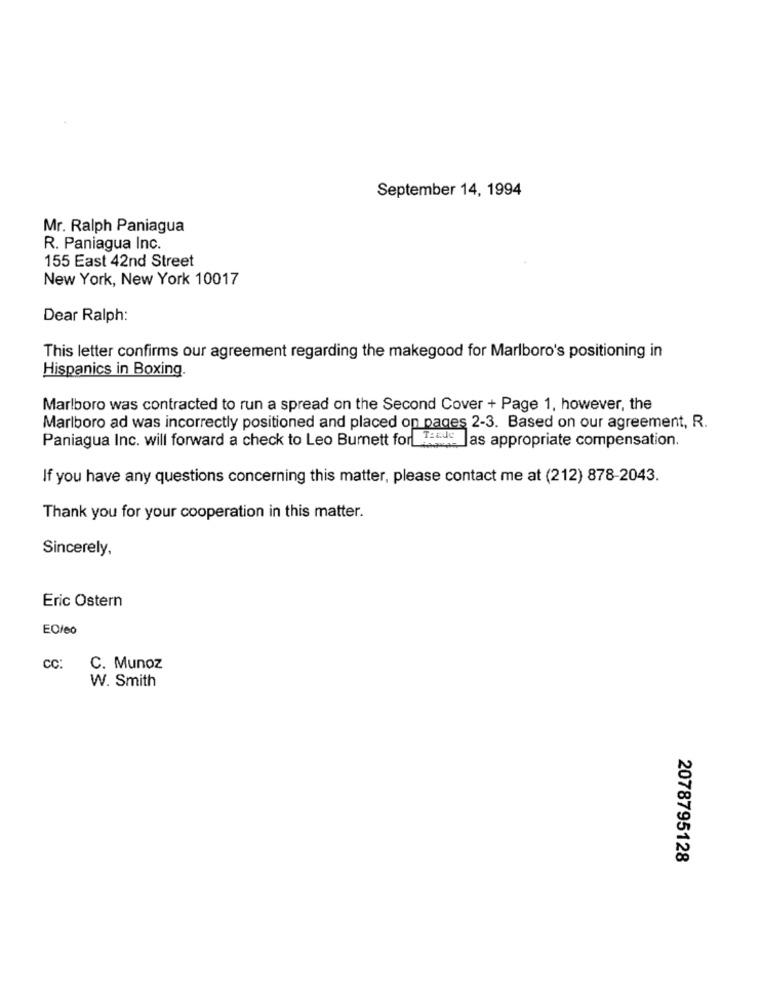
September 14, 1994
Mr. Ralph Paniagua
R. Paniagua Inc.
155 East 42nd Street
New York, New York 10017
Dear Ralph:
This letter confirms our agreement regarding the makegood for Marlboro's positioning in
Hispanics in Boxing.
Marlboro was contracted to run a spread on the Second Cover + Page 1, however, the
Marlboro ad was incorrectly positioned and placed on pages 2-3. Based on our agreement, R.
Paniagua Inc. will forward a check to Leo Burnett for L:54 Jas appropriate compensation.
If you have any questions concerning this matter, please contact me at (212) 878-2043.
Thank you for your cooperation in this matter.
Sincerely,
Eric Ostern
EO/eo
CC:
C. Munoz
W. Smith
2078795128